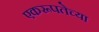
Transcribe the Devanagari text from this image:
एकरूपतेच्या